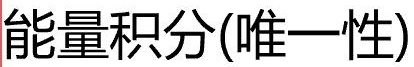
能量积分(唯一性)